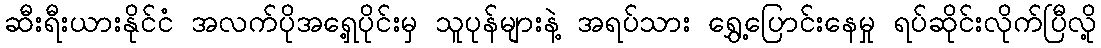
ဆီးရီးယားနိုင်ငံ အလက်ပိုအရှေ့ပိုင်းမှ သူပုန်များနဲ့ အရပ်သား ရွှေ့ပြောင်းနေမှု ရပ်ဆိုင်းလိုက်ပြီလို့